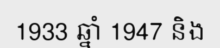
1933 ឆ្នាំ 1947 និង